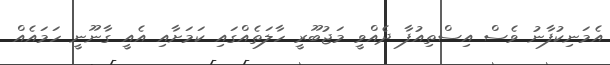
އެމަނިކުފާނު ވެސް އިސްތިއުފާ ދެއްވީ މަޖުބޫރީ ހާލަތެއްގައި ކަމަށާއި އެއީ ގާނޫނީ ހަމައެއް